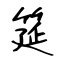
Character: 筵